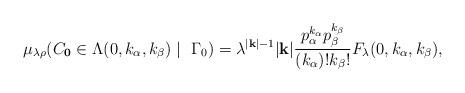
LaTeX: \begin{align*}\mu_{\lambda \rho}(C_{\bf 0}\in\Lambda (0, k_\alpha, k_\beta)\mid ~ \Gamma_0 )= \lambda^{|{\bf k}| -1}|{\bf k}|\frac{p_\alpha^{k_\alpha} p_\beta^{k_\beta}}{(k_\alpha)!k_\beta !}F_\lambda (0, k_\alpha, k_\beta),\end{align*}